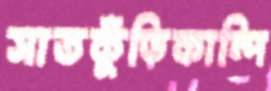
সাতকুঁড়িকান্দি